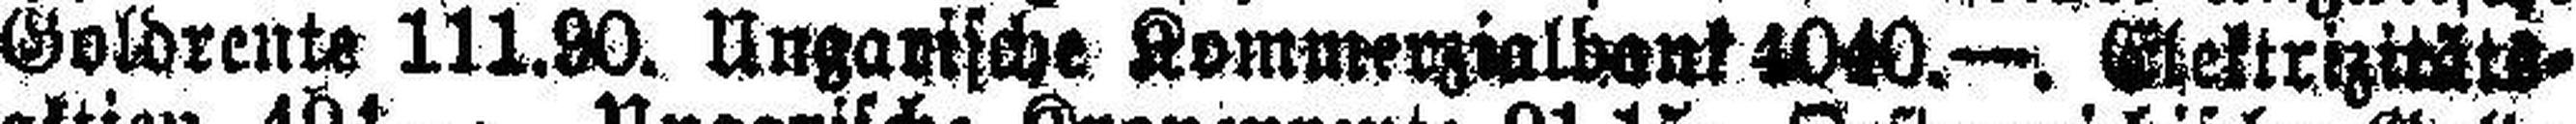
Goldrente 111.90. Ungarische Kommerzialbank 4040. —. Elektrizitßts¬